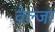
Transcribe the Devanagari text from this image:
वेल्जा